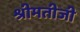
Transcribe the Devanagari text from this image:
श्रीमतीजी